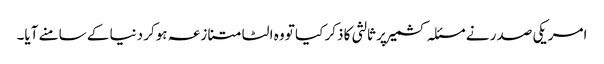
امریکی صدر نے مسئلہ کشمیر پر ثالثی کا ذکر کیا تو وہ الٹا متنازعہ ہوکر دنیا کے سامنے آیا۔